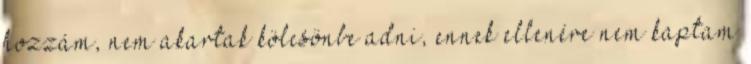
hozzám, nem akartak kölcsönbe adni, ennek ellenére nem kaptam